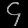
Digit: ၄